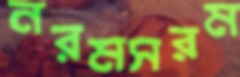
নরমসরম